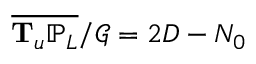
\overline { { \mathbf { T } _ { \mathfrak { u } } \mathbb { P } _ { L } } } / \mathcal { G } = 2 D - N _ { 0 }